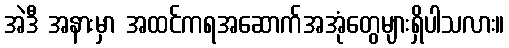
အဲဒီ အနားမှာ အထင်ကရအဆောက်အအုံတွေများရှိပါသလား။